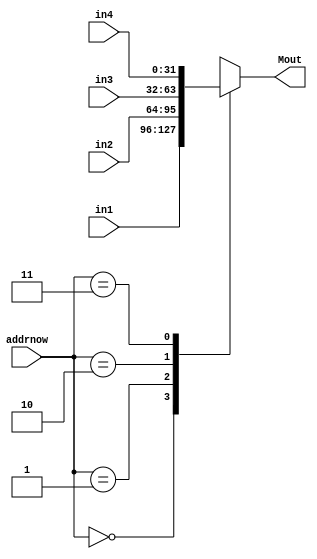

module Mux_4_32 (addrnow,in1,in2,in3,in4,Mout);
    input [1:0]    addrnow;
    input [31:0]   in1,in2,in3,in4;
    output [31:0]  Mout;
    reg [31:0]     Mout;
    always@(addrnow or in1 or in2 or in3 or in4 ) 
    begin
        case(addrnow)
            2'b00: Mout <= in1;
            2'b01: Mout <= in2;
            2'b10: Mout <= in3;
            2'b11: Mout <= in4;
        endcase
    end
endmodule

//rewrite 4_5, more input needed
module Mux_4_5 (muxSel,in1,in2,in3,in4, Mout);
    input [1:0]     muxSel;
    input [4:0]     in1,in2,in3,in4;
    output [4:0]    Mout;
    reg [4:0]       Mout;
    always@(muxSel or in1 or in2 or in3 or in4) 
    begin
        case(muxSel)
            2'b00: Mout <= in1;//rt
            2'b01: Mout <= in2;//rd
            2'b10: Mout <= in3;
            2'b11: Mout <= in4;  //ext
        endcase
    end
endmodule

module Mux_2 (addrnow,in1,in2,Mout);    //actually not useful
    input  addrnow;
    input [31:0] in1,in2;
    output [31:0] Mout;
    reg [31:0] Mout;
    always@(addrnow or in1 or in2 ) 
    begin
        case(addrnow)
            1'b0: Mout <= in1;
            1'b1: Mout <= in2;
        endcase
    end
endmodule